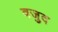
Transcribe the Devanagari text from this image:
वजुद